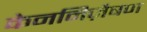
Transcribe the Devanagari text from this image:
केननिज़ैषण